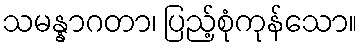
သမန္နာဂတာ၊ ပြည့်စုံကုန်သော။